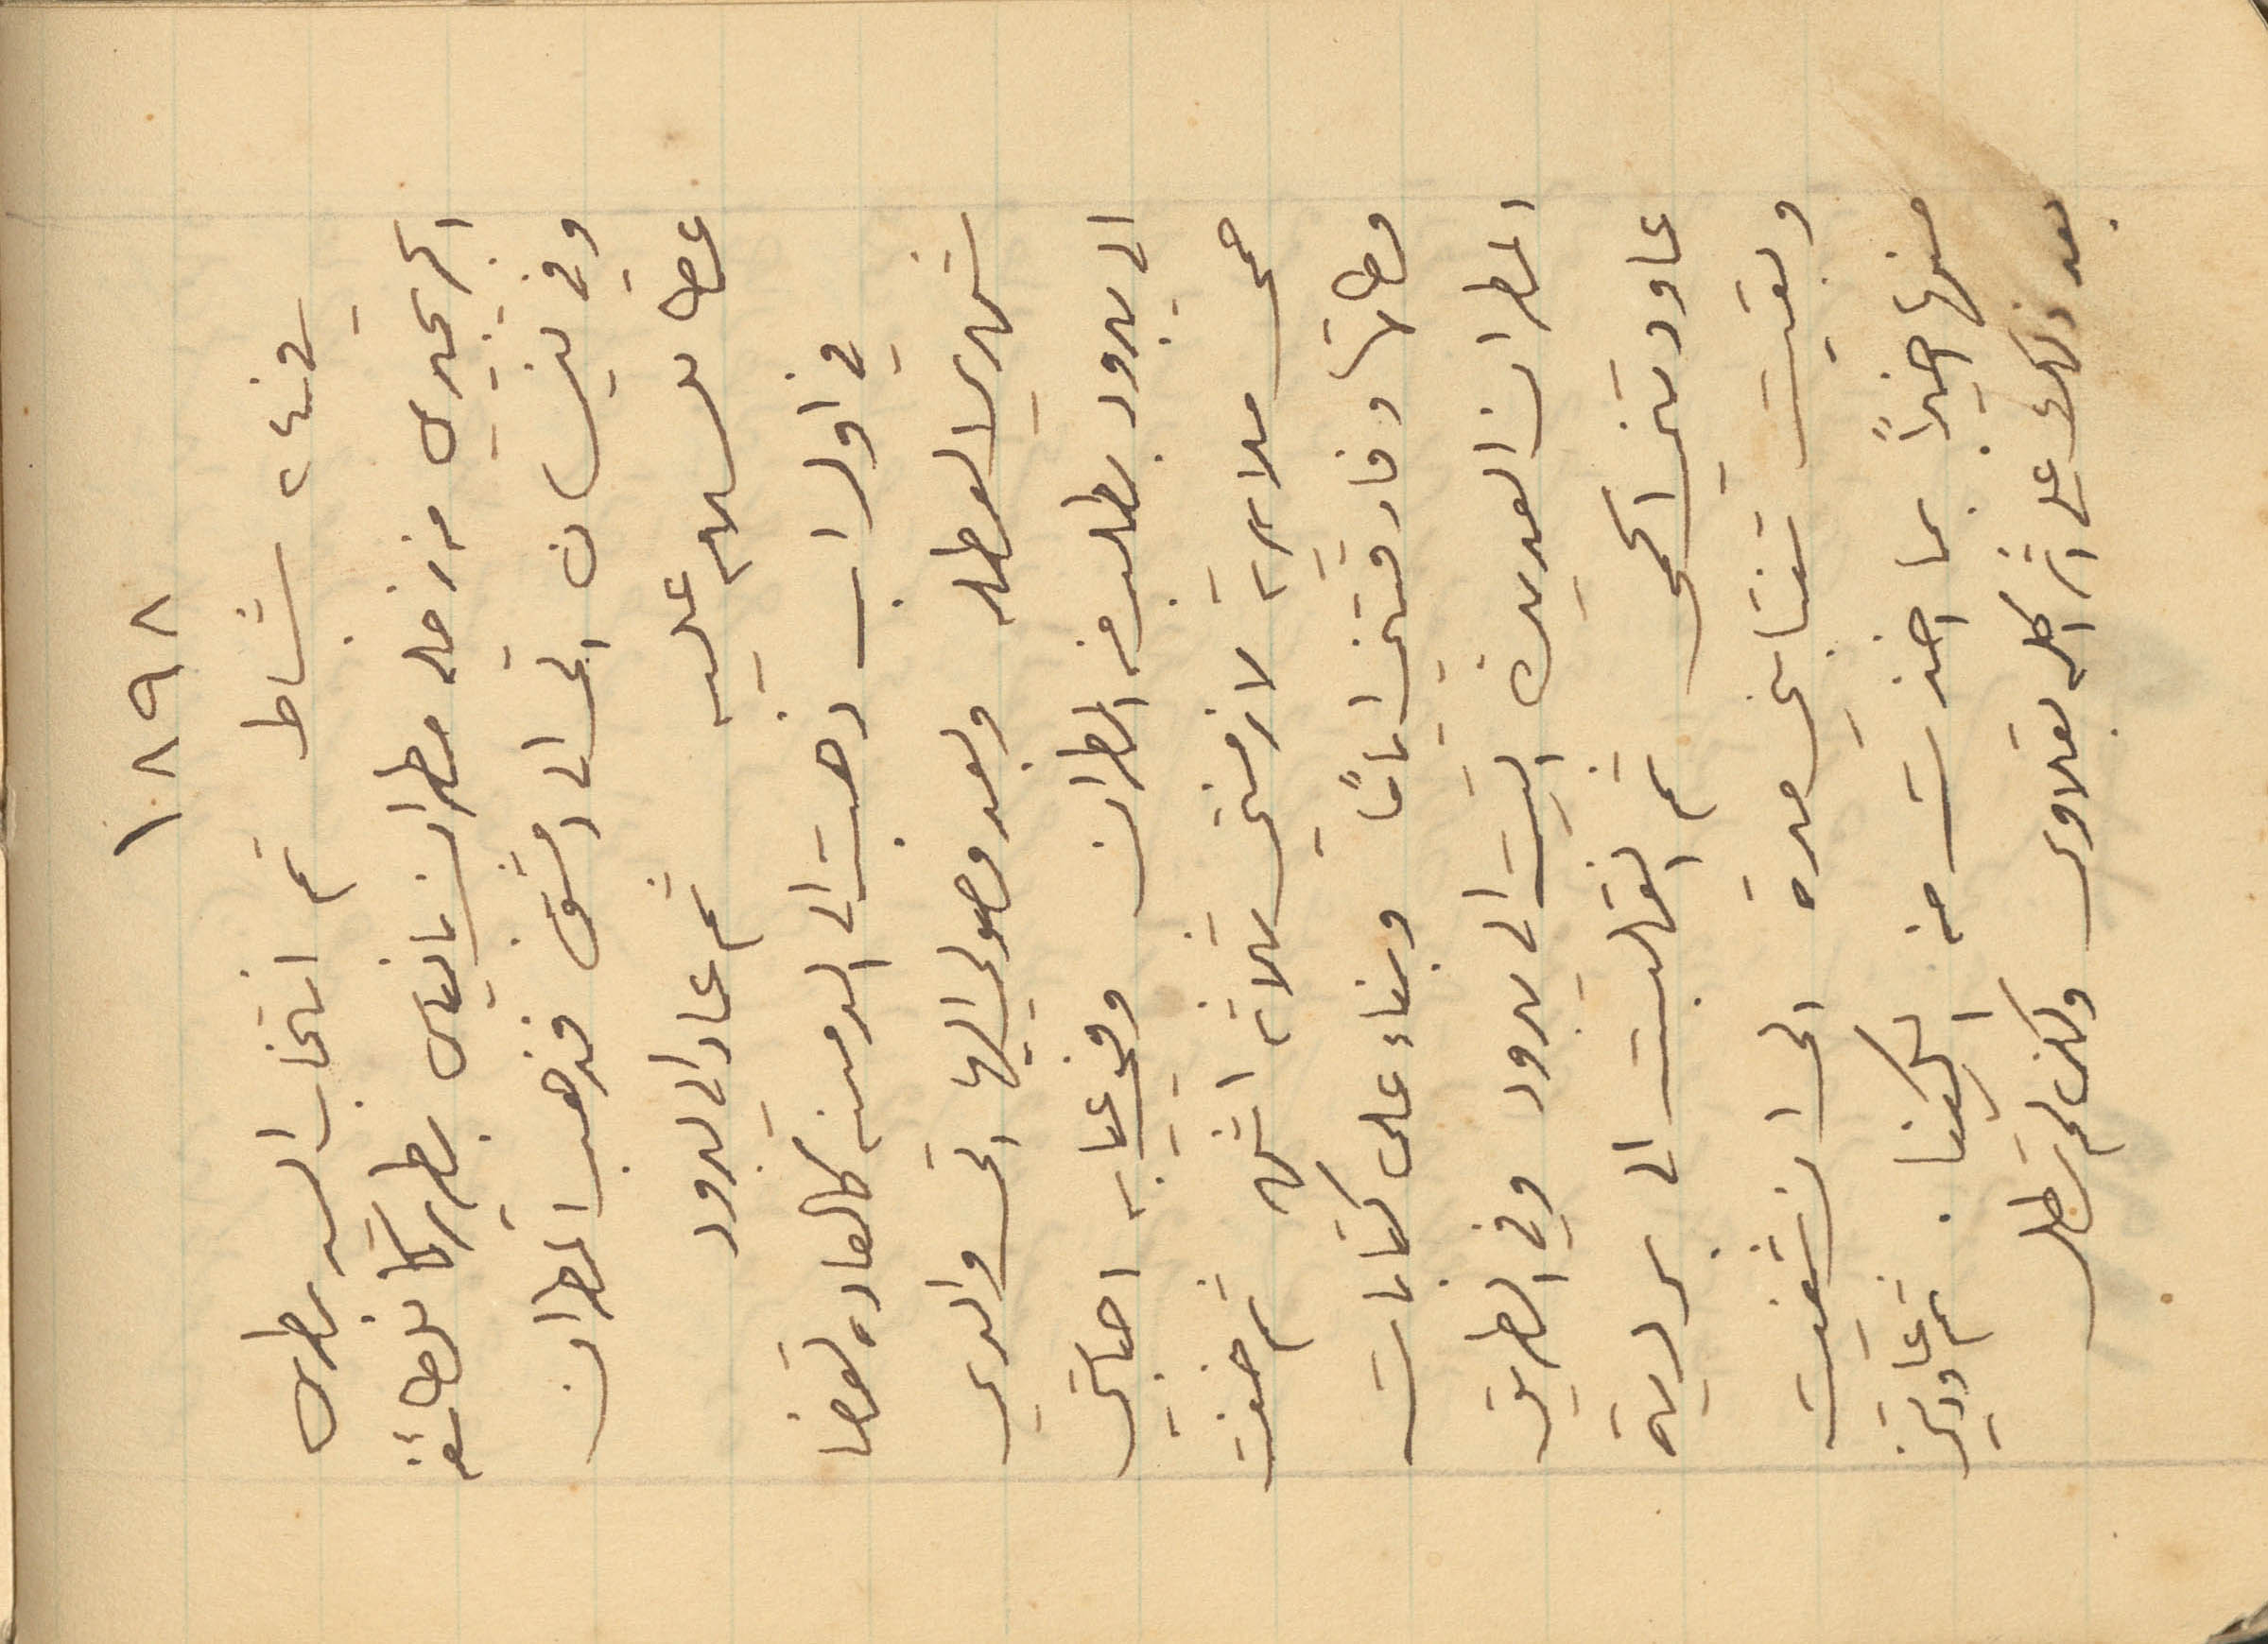
1898
في 24 شباط تم انتخاب السيد بطرس
الجريجيري من زحله مطران بانياس بطريركا للطائفه
وفي نيسان اتى الى دمشق فذهب المطران
عطا للسلام عليه ثم عاد الى يبرود
في اول اب ذهبت الى الدمينه كالعاده لقضا
شهري العطله وبعد وصولي اليها اتى والدي
حمى ملايرية لازمتني ثلاثة اشهر ثم خفت
وطاتها وفارقتني اياماً وبناء على كتابات
المطران العديدة اتيت الى يبرود وفي الطريق
عاودتني الحمى ثم انقلبت الى بردية
وبقيت تنتابني مدة الى ان شفيت
منها اخيراً بما اخذت من الكينا. ثم عاودتني
بعد ذلك على اثر اكله بقلاوى ولكن لم تطل
الى يبرود بطلب من المطران وفي غيابه اصابتي